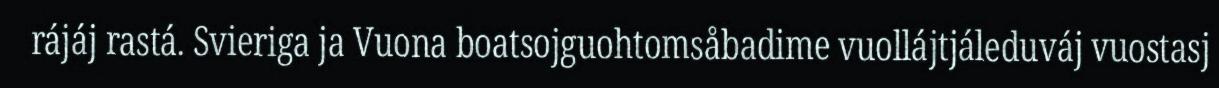
rájáj rastá. Svieriga ja Vuona boatsojguohtomsåbadime vuollájtjáleduváj vuostasj